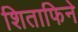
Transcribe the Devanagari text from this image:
शिताफिने